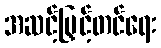
အဆင့်မြှင့်တင်ရေး